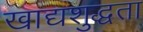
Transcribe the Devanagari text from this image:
खाद्यशुद्धता